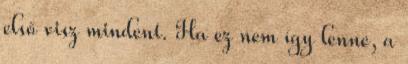
első visz mindent. Ha ez nem így lenne, a